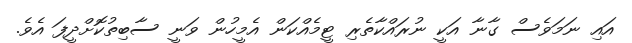
އައި ނަމަވެސް ގާނާ އަކީ ނުރައްކާތެރި ޓީމެއްކަން އެމީހުން ވަނީ ސާބިތުކޮށްދީފަ އެވެ.